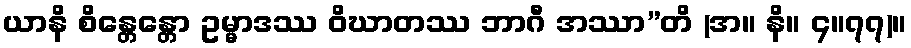
ယာနိ စိန္တေန္တော ဥမ္မာဒဿ ဝိဃာတဿ ဘာဂီ အဿာ”တိ (အ။ နိ။ ၄။၇၇)။